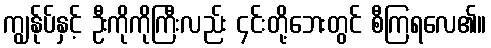
ကျွန်ုပ်နှင့် ဦးကိုကိုကြီးလည်း ၄င်းတို့ဘေးတွင် စီကြရလေ၏။